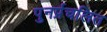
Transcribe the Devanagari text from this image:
पुनर्प्रचलित